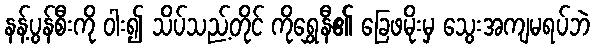
နန့်ပွန်စီးကို ဝါး၍ သိပ်သည့်တိုင် ကိုရွှေနီ၏ ခြေဖမိုးမှ သွေးအကျမရပ်ဘဲ